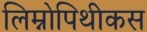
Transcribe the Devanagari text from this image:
लिम्नोपिथीकस